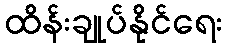
ထိန်းချုပ်နိုင်ရေး